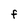
Character: F